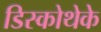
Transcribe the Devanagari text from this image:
डिस्कोथेके